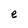
Character: e